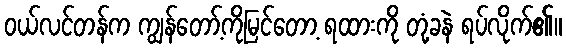
ဝယ်လင်တန်က ကျွန်တော့်ကိုမြင်တော့ ရထားကို တုံ့ခနဲ ရပ်လိုက်၏။